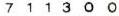
711300